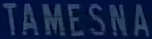
TAMESNA